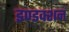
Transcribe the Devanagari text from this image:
इण्डक्शन